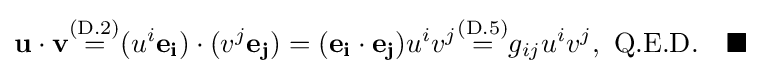
\mathbf {u} \cdot \mathbf {v} {\stackrel {\text{(D.2)}}{=}}(u^{i}\mathbf {e_{i}} )\cdot (v^{j}\mathbf {e_{j}} )=(\mathbf {e_{i}} \cdot \mathbf {e_{j}} )u^{i}v^{j}{\stackrel {\text{(D.5)}}{=}}g_{ij}u^{i}v^{j},\ {\text{Q.E.D.}}\quad \blacksquare